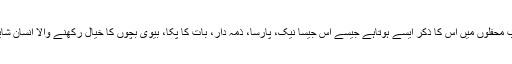
مرنے کے بعد سب محفلوں میں اس کا ذکر ایسے ہوتاہے جیسے اس جیسا نیک، پارسا، ذمہ دار، بات کا پکا، بیوی بچوں کا خیال رکھنے والا انسان شاید ہی کوئی اور ہو۔